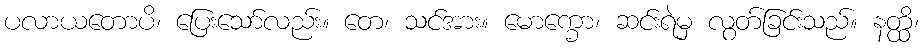
ပလာယတောပိ၊ ပြေးသော်လည်း။ တေ၊ သင်အား။ မောက္ခော၊ ဆင်းရဲမှ လွတ်ခြင်းသည်။ နတ္ထိ၊